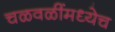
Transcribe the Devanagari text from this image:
चळवळींमध्येच